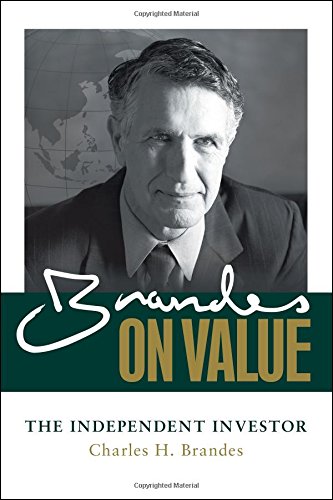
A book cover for Brandes on Value: The Independent Investor; Charles Brandes; Business & Money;